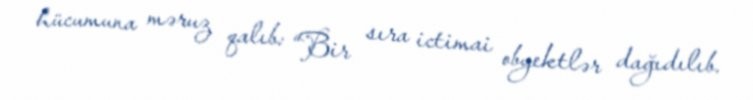
hücumuna məruz qalıb: “Bir sıra ictimai obyektlər dağıdılıb.